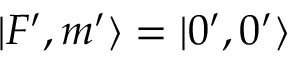
| F ^ { \prime } , m ^ { \prime } \rangle = | 0 ^ { \prime } , 0 ^ { \prime } \rangle